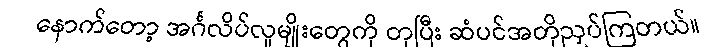
နောက်တော့ အင်္ဂလိပ်လူမျိုးတွေကို တုပြီး ဆံပင်အတိုညှပ်ကြတယ်။